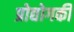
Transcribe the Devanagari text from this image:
प्रोद्योगकी